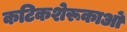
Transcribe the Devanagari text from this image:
कटिकशेरूकाओं